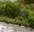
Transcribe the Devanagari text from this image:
श्ण